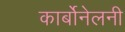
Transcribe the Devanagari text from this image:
कार्बोनेलनी